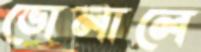
ভোলালে